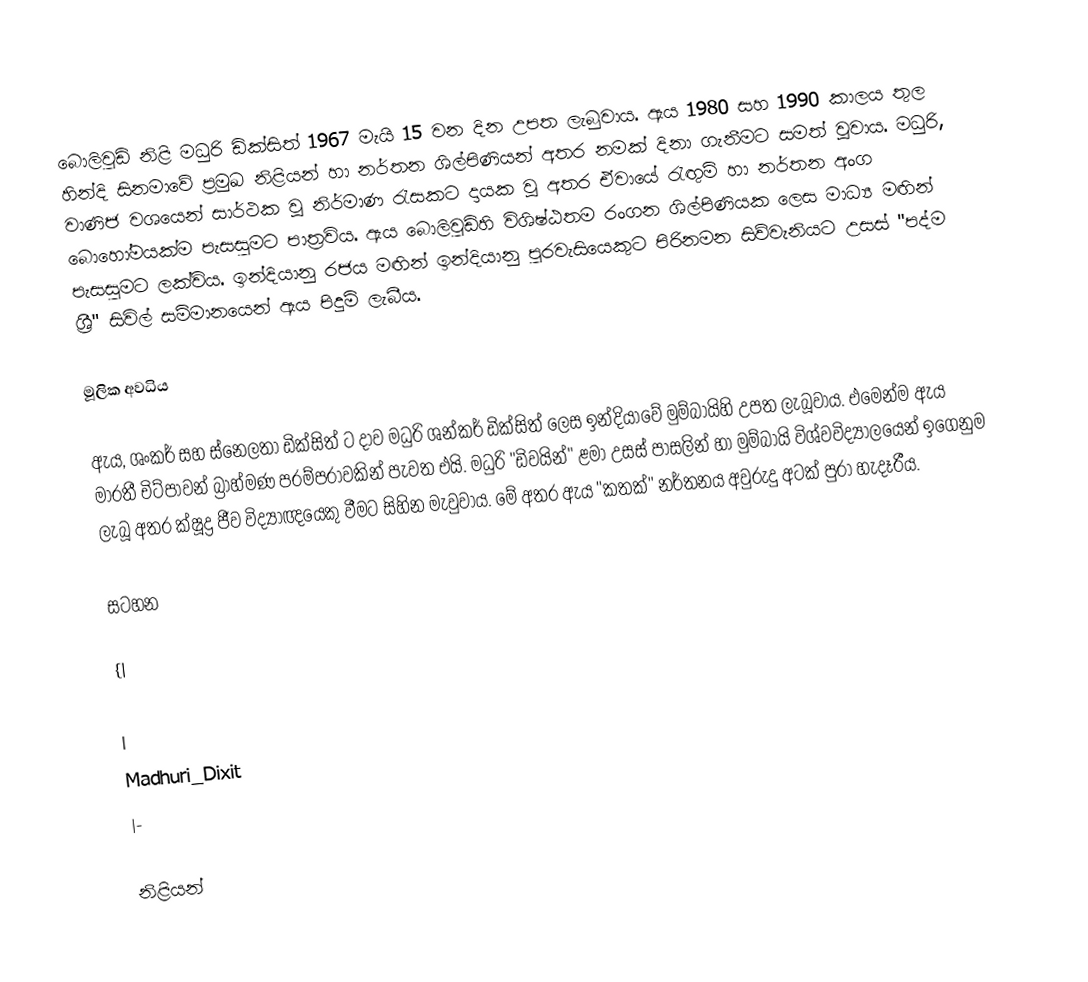
බොලිවුඩ් නිළි මධුරි ඩික්සිත් 1967 මැයි 15 වන දින උපත ලැබුවාය. ඇය 1980 සහ 1990 කාලය තුල හින්දි සිනමාවේ ප්‍රමුඛ නිළියන් හා නර්තන ශිල්පිණියන් අතර නමක් දිනා ගැනීමට සමත් වූවාය. මධුරි, වාණිජ වශයෙන් සාර්ථක වූ නිර්මාණ රැසකට දායක වූ අතර ඒවායේ රැඟුම් හා නර්තන අංග බොහෝමයක්ම පැසසුමට පාත්‍රවිය. ඇය බොලිවුඩ්හි විශිෂ්ඨතම රංගන ශිල්පිණියක ලෙස මාධ්‍ය මඟින් පැසසුමට ලක්විය. ඉන්දියානු රජය මඟින් ඉන්දියානු පුරවැසියෙකුට පිරිනමන සිව්වැනියට උසස් "පද්ම ශ්‍රී" සිවිල් සම්මානයෙන් ඇය පිදුම් ලැබීය.

මූලික අවධිය

ඇය, ශංකර් සහ ස්නෙලතා ඩික්සිත් ට දාව මධුරි ශන්කර් ඩික්සිත් ලෙස ඉන්දියාවේ මුම්බායිහි උපත ලැබූවාය. එමෙන්ම ඇය මාරතී චිට්පාවන් බ්‍රාහ්මණ පරම්පරාවකින් පැවත එයි.  මධුරි "ඩිවයින්" ළමා උසස් පාසලින් හා මුම්බායි විශ්වවිද්‍යාලයෙන් ඉගෙනුම ලැබූ අතර ක්ෂූද්‍ර ජීව විද්‍යාඥයෙකු වීමට සිහින මැවුවාය. මේ අතර ඇය "කතක්" නර්තනය අවුරුදු අටක් පුරා හැදෑරීය.

සටහන

{|

|
Madhuri_Dixit
|-

නිළියන්